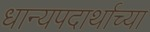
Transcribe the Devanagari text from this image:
धान्यपदार्थाच्या